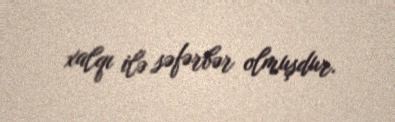
xalqı ilə səfərbər olmuşdur.